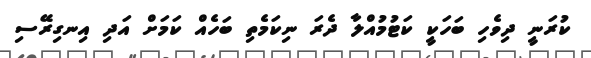
ކުރަނީ ދިވެހި ބަހަކީ ކަޓުމުއްލާ ދެރަ ނިކަމެތި ބަހެއް ކަމަށް އަދި އިނގިރޭސި